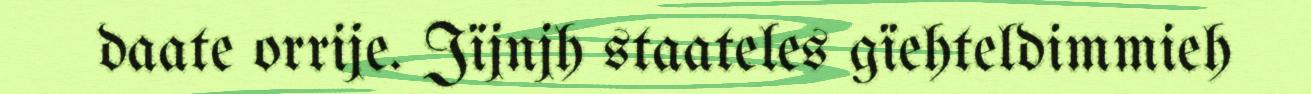
daate orrije. Jïjnjh staateles gïehteldimmieh